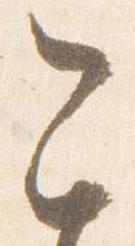
今